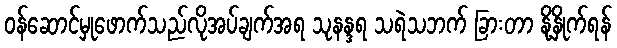
ဝန်ဆောင်မှုဖောက်သည်လိုအပ်ချက်အရ သုနန္ဒရ သရဲသဘက် ခြားတာ နို့နှိုက်ရန်